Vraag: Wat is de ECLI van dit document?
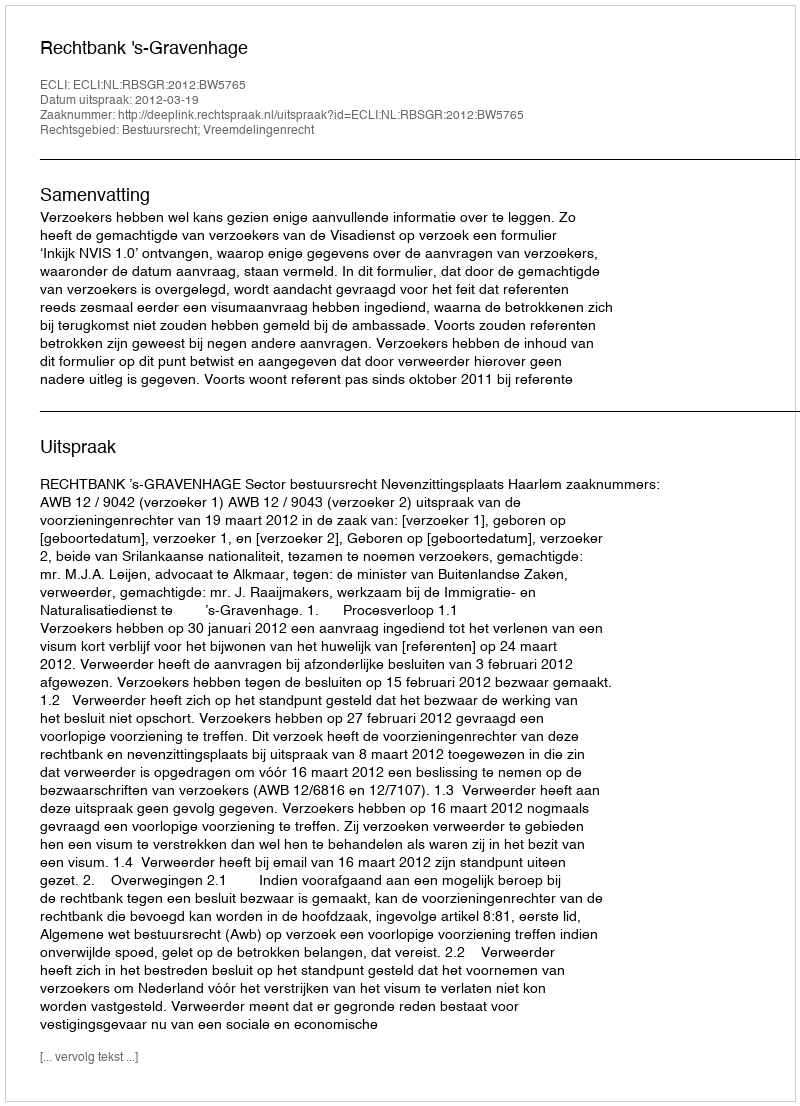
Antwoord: ECLI:NL:RBSGR:2012:BW5765